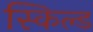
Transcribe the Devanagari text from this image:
स्किल्ड